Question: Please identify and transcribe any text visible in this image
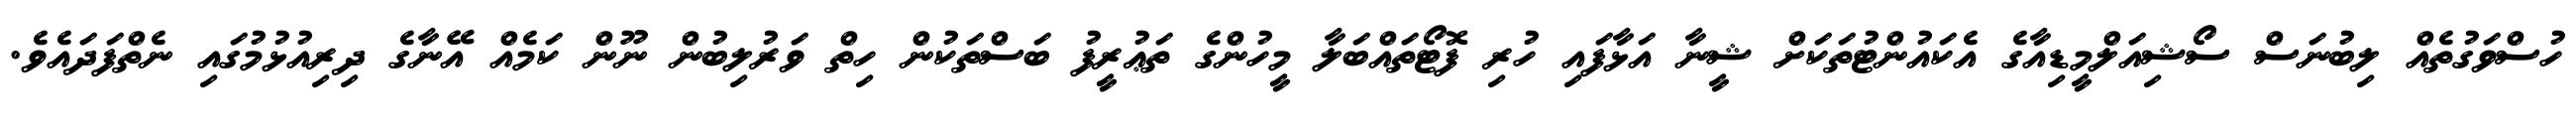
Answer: ހުސްވަގުތެއް ލިބުނަސް ސޯޝިއަލްމީޑިއާގެ އެކައުންޓުތަކަށް ޝީނާ އަޅާފައި ހުރި ފޮޓޯތައްބަލާ މީހުންގެ ތަޢުރީފު ބަސްތަކުން ހިތް ވަރުލިބުން ނޫން ކަމެއް އޭނާގެ ދިރިއުޅުމުގައި ނެތްފަދައެވެ.